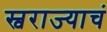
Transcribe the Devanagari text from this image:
स्वराज्याचं